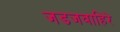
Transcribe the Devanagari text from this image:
जडजवाहिरे